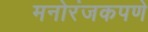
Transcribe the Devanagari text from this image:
मनोरंजकपणे